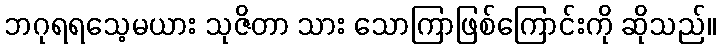
ဘဂုရရသေ့မယား သုဇိတာ သား သောကြာဖြစ်ကြောင်းကို ဆိုသည်။